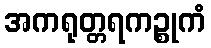
အကရုတ္တရကဉ္စုကံ